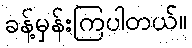
ခန့်မှန်းကြပါတယ်။